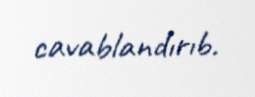
cavablandırıb.